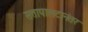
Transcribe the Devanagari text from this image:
सत्तापालटानंतर